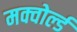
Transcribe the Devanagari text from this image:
मक्वोर्ल्ड